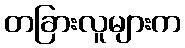
တခြားလူများက